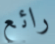
رائع